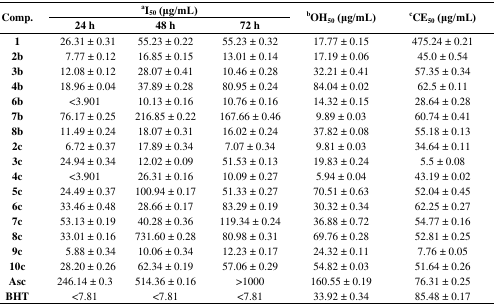
<table><thead><tr><td rowspan="2"><b>Comp.</b></td><td colspan="3"><b><sup>a</sup>I<sub>50</sub> (μg/mL)</b></td><td rowspan="2"><b><sup>b</sup>OH<sub>50</sub> (μg/mL)</b></td><td rowspan="2"><b><sup>c</sup>CE<sub>50</sub> (μg/mL)</b></td></tr><tr><td><b>24 h</b></td><td><b>48 h</b></td><td><b>72 h</b></td></tr></thead><tbody><tr><td><b>1</b></td><td>26.31 ± 0.31</td><td>55.23 ± 0.22</td><td>55.23 ± 0.32</td><td>17.77 ± 0.15</td><td>475.24 ± 0.21</td></tr><tr><td><b>2b</b></td><td>7.77 ± 0.12</td><td>16.85 ± 0.15</td><td>13.01 ± 0.14</td><td>17.19 ± 0.06</td><td>45.0 ± 0.54</td></tr><tr><td><b>3b</b></td><td>12.08 ± 0.12</td><td>28.07 ± 0.41</td><td>10.46 ± 0.28</td><td>32.21 ± 0.41</td><td>57.35 ± 0.34</td></tr><tr><td><b>4b</b></td><td>18.96 ± 0.04</td><td>37.89 ± 0.28</td><td>80.95 ± 0.24</td><td>84.04 ± 0.02</td><td>62.5 ± 0.11</td></tr><tr><td><b>6b</b></td><td>&lt;3.901</td><td>10.13 ± 0.16</td><td>10.76 ± 0.16</td><td>14.32 ± 0.15</td><td>28.64 ± 0.28</td></tr><tr><td><b>7b</b></td><td>76.17 ± 0.25</td><td>216.85 ± 0.22</td><td>167.66 ± 0.46</td><td>9.89 ± 0.03</td><td>60.74 ± 0.41</td></tr><tr><td><b>8b</b></td><td>11.49 ± 0.24</td><td>18.07 ± 0.31</td><td>16.02 ± 0.24</td><td>37.82 ± 0.08</td><td>55.18 ± 0.13</td></tr><tr><td><b>2c</b></td><td>6.72 ± 0.37</td><td>17.89 ± 0.34</td><td>7.07 ± 0.34</td><td>9.81 ± 0.03</td><td>34.64 ± 0.11</td></tr><tr><td><b>3c</b></td><td>24.94 ± 0.34</td><td>12.02 ± 0.09</td><td>51.53 ± 0.13</td><td>19.83 ± 0.24</td><td>5.5 ± 0.08</td></tr><tr><td><b>4c</b></td><td>&lt;3.901</td><td>26.31 ± 0.16</td><td>10.09 ± 0.27</td><td>5.94 ± 0.04</td><td>43.19 ± 0.02</td></tr><tr><td><b>5c</b></td><td>24.49 ± 0.37</td><td>100.94 ± 0.17</td><td>51.33 ± 0.27</td><td>70.51 ± 0.63</td><td>52.04 ± 0.45</td></tr><tr><td><b>6c</b></td><td>33.46 ± 0.48</td><td>28.66 ± 0.17</td><td>83.29 ± 0.19</td><td>30.32 ± 0.34</td><td>62.25 ± 0.27</td></tr><tr><td><b>7c</b></td><td>53.13 ± 0.19</td><td>40.28 ± 0.36</td><td>119.34 ± 0.24</td><td>36.88 ± 0.72</td><td>54.77 ± 0.16</td></tr><tr><td><b>8c</b></td><td>33.01 ± 0.16</td><td>731.60 ± 0.28</td><td>80.98 ± 0.31</td><td>69.76 ±0.28</td><td>52.81 ± 0.25</td></tr><tr><td><b>9c</b></td><td>5.88 ± 0.34</td><td>10.06 ± 0.34</td><td>12.23 ± 0.17</td><td>24.32 ± 0.11</td><td>7.76 ± 0.05</td></tr><tr><td><b>10c</b></td><td>28.20 ± 0.26</td><td>62.34 ± 0.19</td><td>57.06 ± 0.29</td><td>54.82 ± 0.03</td><td>51.64 ± 0.26</td></tr><tr><td><b>Asc</b></td><td>246.14 ± 0.3</td><td>514.36 ± 0.16</td><td>&gt;1000</td><td>160.55 ± 0.19</td><td>76.31 ± 0.25</td></tr><tr><td><b>BHT</b></td><td>&lt;7.81</td><td>&lt;7.81</td><td>&lt;7.81</td><td>33.92 ± 0.34</td><td>85.48 ± 0.17</td></tr></tbody></table>